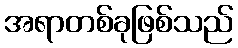
အရာတစ်ခုဖြစ်သည်